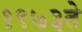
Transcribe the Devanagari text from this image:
१९७३ते